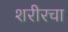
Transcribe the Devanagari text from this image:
शरीरचा